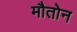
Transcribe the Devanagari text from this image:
मौतोन